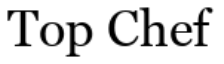
Top Chef